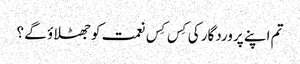
تم اپنے پروردگار کی کِس کِس نعمت کوجھٹلاؤ گے ؟